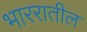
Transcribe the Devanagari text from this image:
भाररातील